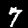
Digit: 7